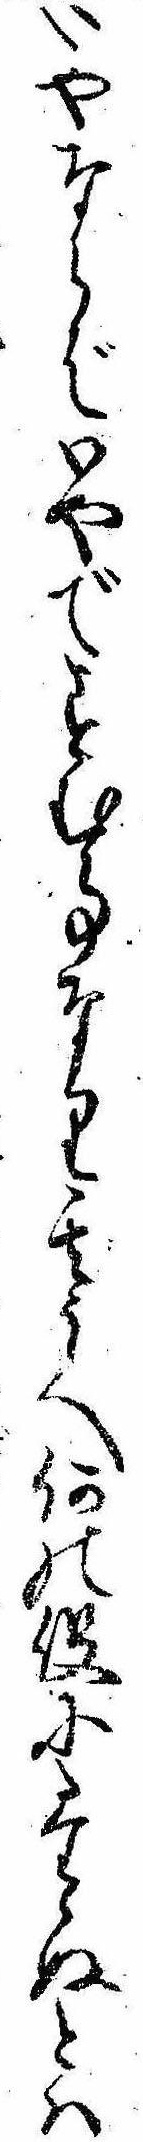
いやならばいやですむ事なり其うへ何の役にたゝぬとは